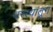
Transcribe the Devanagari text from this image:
वस्त्यांतून